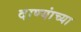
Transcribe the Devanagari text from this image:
दाण्यांच्या